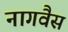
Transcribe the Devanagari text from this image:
नागवैस